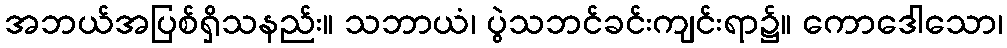
အဘယ်အပြစ်ရှိသနည်း။ သဘာယံ၊ ပွဲသဘင်ခင်းကျင်းရာ၌။ ကောဒေါသော၊